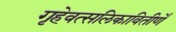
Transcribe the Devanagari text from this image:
गृहेवत्सलिकावितीर्णे